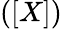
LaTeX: ([X])